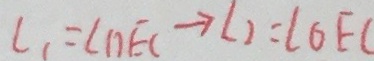
\angle 1 = \angle D E C \rightarrow \angle 2 = \angle O E C